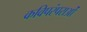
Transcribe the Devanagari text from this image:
कविपरंपराओं